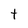
Character: t